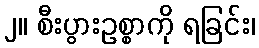
၂။ စီးပွားဥစ္စာကို ရခြင်း၊